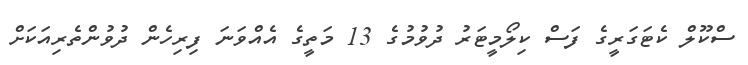
ސްކޫލް ކެޓަގަރީގެ ފަސް ކިލޯމީޓަރު ދުވުމުގެ 13 މަތީގެ އެއްވަނަ ފިރިހެން ދުވުންތެރިއަކަށް